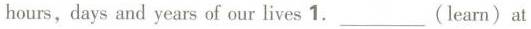
hours，days and years of our lives 1.___（learn）at